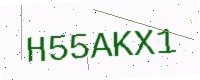
Text: H55AKX1